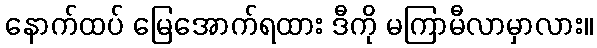
နောက်ထပ် မြေအောက်ရထား ဒီကို မကြာမီလာမှာလား။